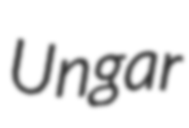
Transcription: Ungar